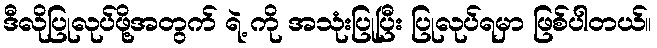
ဒီလိုပြုလုပ်ဖို့အတွက် ရဲ့ ကို အသုံးပြုပြီး ပြုလုပ်ရမှာ ဖြစ်ပါတယ်။